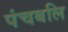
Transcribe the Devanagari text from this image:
पंचबलि